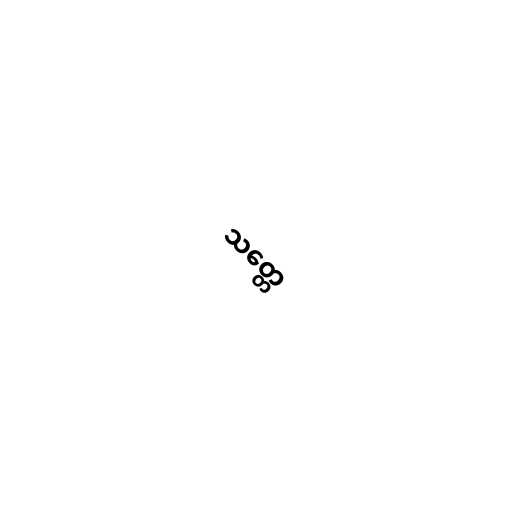
သတ္တေ